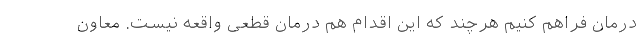
درمان فراهم کنیم هرچند که این اقدام هم درمان قطعی واقعه نیست. معاون